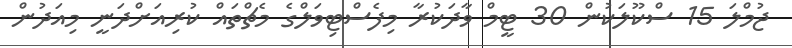
ޖުމްލަ 15 ސްކޫލަކުން 30 ޓީމް ވާދަކުރާ މިފެސްޓިވަލްގެ މެޗްތައް ކުރިއަށްދަނީ މިއަދުން